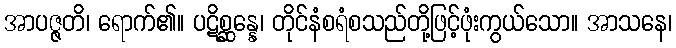
အာပဇ္ဇတိ၊ ရောက်၏။ ပဋိစ္ဆန္နေ၊ တိုင်နံစရံစသည်တို့ဖြင့်ဖုံးကွယ်သော။ အာသနေ၊